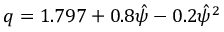
q = 1 . 7 9 7 + 0 . 8 \hat { \psi } - 0 . 2 \hat { \psi } ^ { 2 }